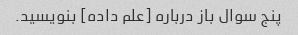
پنج سوال باز درباره [علم داده] بنویسید.